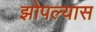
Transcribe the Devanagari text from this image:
झोपल्यास